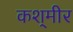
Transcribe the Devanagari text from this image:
कश्‌मीर